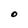
Character: O